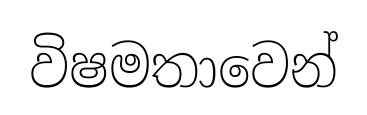
විෂමතාවෙන්